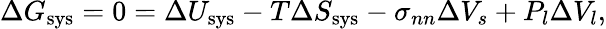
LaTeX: \Delta G_{\mathrm{sys}}=0=\Delta U_{\mathrm{sys}}-T\Delta S_{\mathrm{sys}}-\sigma_{nn}\Delta V_{s}+P_{l}\Delta V_{l},